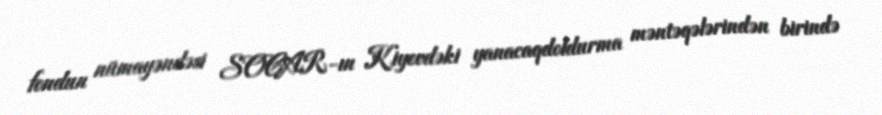
fondun nümayəndəsi SOCAR-ın Kiyevdəki yanacaqdoldurma məntəqələrindən birində